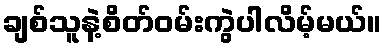
ချစ်သူနဲ့စိတ်ဝမ်းကွဲပါလိမ့်မယ်။